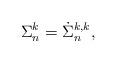
LaTeX: \begin{align*} {\Sigma}_n^{k} = \dot{\Sigma}_n^{k,k},\end{align*}